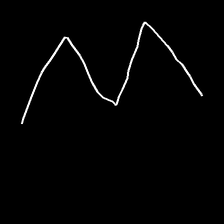
Glyph: crush